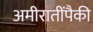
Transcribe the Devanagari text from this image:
अमीरातींपैकी